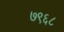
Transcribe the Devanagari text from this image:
७९६८